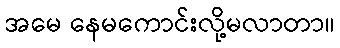
အမေ နေမကောင်းလို့မလာတာ။